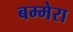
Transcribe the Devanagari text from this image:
बम्मेरा